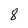
Character: 8